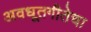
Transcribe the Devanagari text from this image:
अवधूतगीतेचा